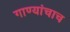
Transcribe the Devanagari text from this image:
गाण्यांचाच